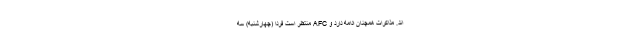
اند. مذاکرات همچنان ادامه دارد و AFC منتظر است فردا (چهارشنبه) سه